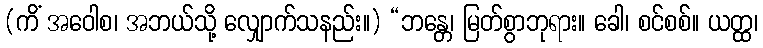
(ကိံ အဝေါစ၊ အဘယ်သို့ လျှောက်သနည်း။) “ဘန္တေ၊ မြတ်စွာဘုရား။ ခေါ၊ စင်စစ်။ ယတ္ထ၊